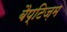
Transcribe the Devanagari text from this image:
बैप्टिज़म